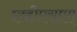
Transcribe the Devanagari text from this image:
एव्हीएस्एम्